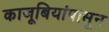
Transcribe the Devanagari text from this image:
काजूबियांपासून